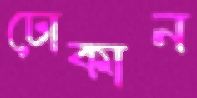
ঢোকান